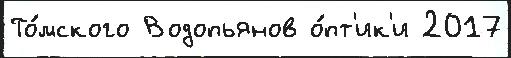
То́мского Водопьянов о́пт'ик'и 2017